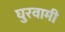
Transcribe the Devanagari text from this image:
घुरवामी